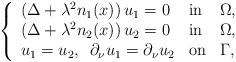
LaTeX: \begin{align*}\left\{\begin{array}{lll}\left(\Delta+\lambda^2 n_1(x)\right)u_1=0 &\mbox{in} &\Omega,\\\left(\Delta+\lambda^2 n_2(x)\right)u_2=0 &\mbox{in} &\Omega,\\u_1=u_2,\,\,\, \partial_\nu u_1=\partial_\nu u_2& \mbox{on}& \Gamma,\end{array}\right.\end{align*}